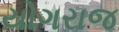
યોગરાજ